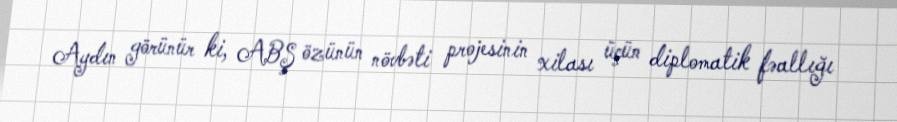
Aydın görünür ki, ABŞ özünün növbəti projesinin xilası üçün diplomatik fəallığı